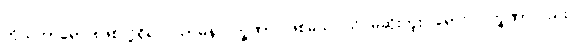
ကိုယ်ဟာရောဂါဖြစ်လို့ရှိရင် သာမန်လက္ခဏာပဲဖြစ်မယ်၊ သိပ်မဆိုးဘူး၊ ရောဂါလက္ခဏာလည်း